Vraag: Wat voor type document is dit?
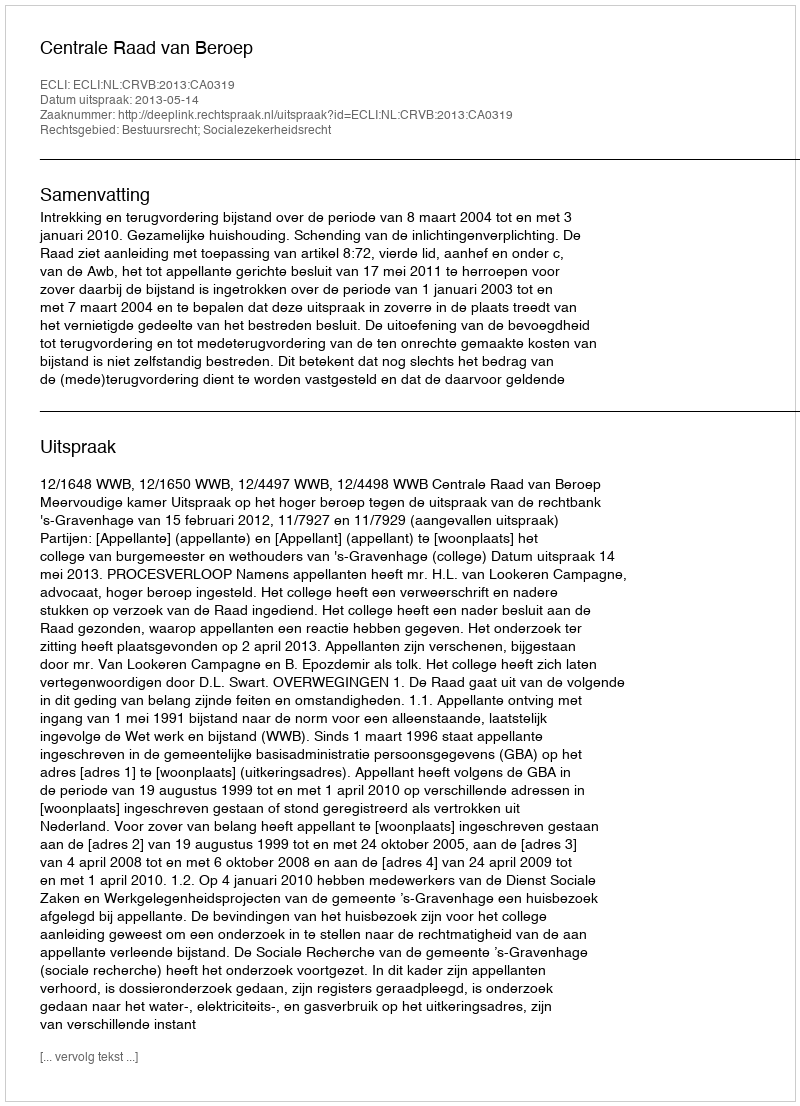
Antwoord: Uitspraak